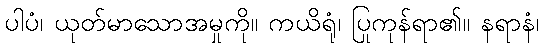
ပါပံ၊ ယုတ်မာသောအမှုကို။ ကယိရုံ၊ ပြုကုန်ရာ၏။ နရာနံ၊